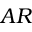
A R